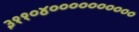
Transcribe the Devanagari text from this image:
३११०४००००००००००